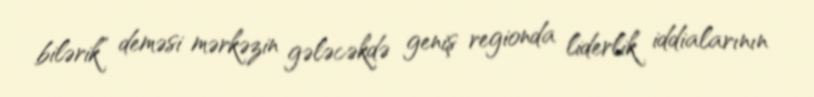
bilərik” deməsi mərkəzin gələcəkdə geniş regionda liderlik iddialarının